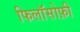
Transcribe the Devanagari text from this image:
फिलॉसोफ़ी